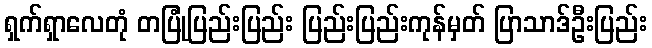
ရှက်ရှာလေတုံ တပြုံပြည်းပြည်း ပြည်းပြည်းကုန်မှတ် ပြာသာဒ်ဦးပြည်း